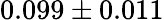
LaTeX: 0.099\pm 0.011